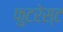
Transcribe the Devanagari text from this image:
फुटरेस्ट